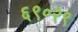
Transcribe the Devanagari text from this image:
६९०२९